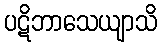
ပဋိဘာသေယျာသိ